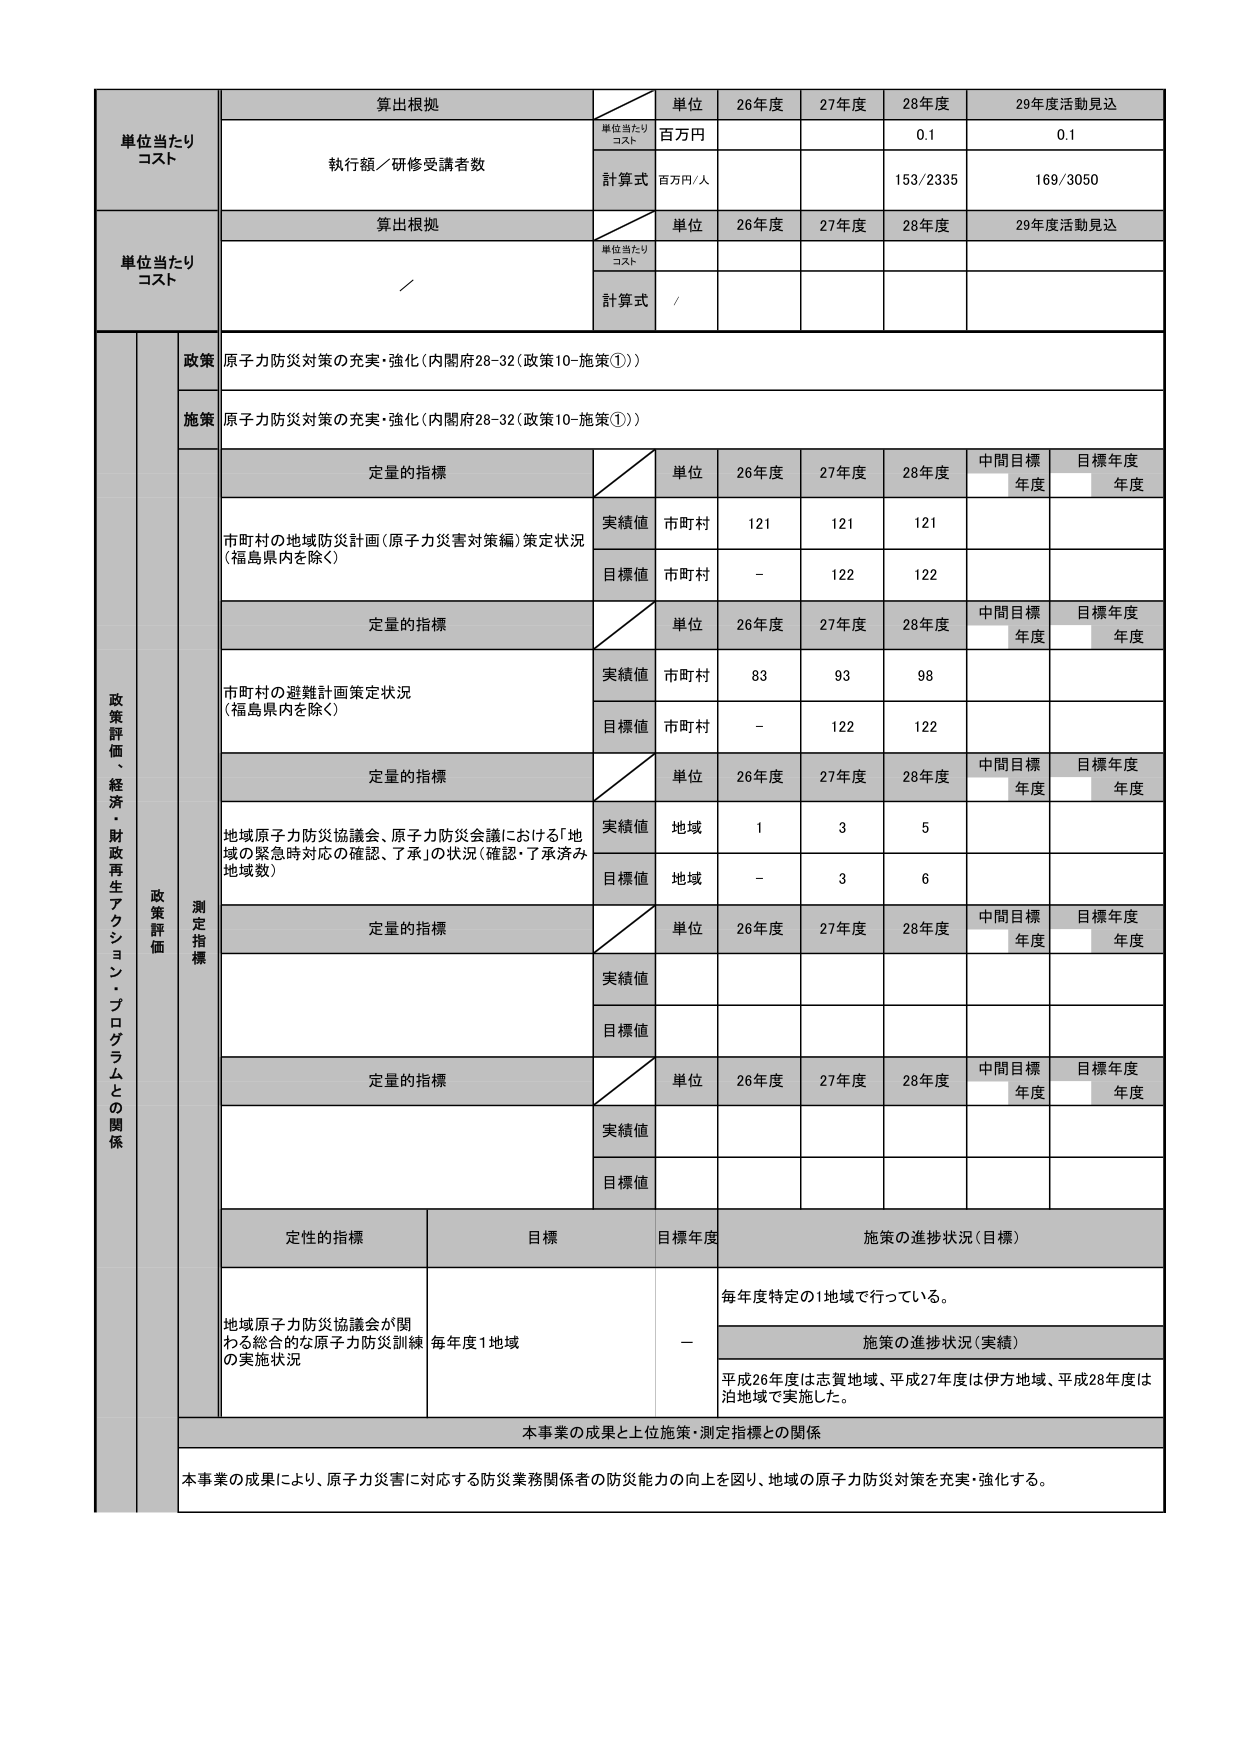
単位当たりコスト
算出根拠
単位
26年度
27年度
28年度
29年度活動見込
単位当たりコスト
百万円
0.1
0.1
執行額／研修受講者数
計算式
百万円／人
153/2335
169/3050

単位当たりコスト
算出根拠
単位
26年度
27年度
28年度
29年度活動見込
単位当たりコスト
/
計算式
/

政策評価、経済・財政再生アクション・プログラムとの関係
政策
原子力防災対策の充実・強化（内閣府28-32（政策10-施策①））
施策
原子力防災対策の充実・強化（内閣府28-32（政策10-施策①））
測定指標
定量的指標
単位
26年度
27年度
28年度
中間目標年度
目標年度年度
市町村の地域防災計画（原子力災害対策編）策定状況（福島県内を除く）
実績値
市町村
121
121
121
目標値
市町村
-
122
122
定量的指標
単位
26年度
27年度
28年度
中間目標年度
目標年度年度
市町村の避難計画策定状況（福島県内を除く）
実績値
市町村
83
93
98
目標値
市町村
-
122
122
定量的指標
単位
26年度
27年度
28年度
中間目標年度
目標年度年度
地域原子力防災協議会、原子力防災会議における「地域の緊急時対応の確認、了承」の状況（確認・了承済み地域数）
実績値
地域
1
3
5
目標値
地域
-
3
6
定量的指標
単位
26年度
27年度
28年度
中間目標年度
目標年度年度
実績値
目標値
定量的指標
単位
26年度
27年度
28年度
中間目標年度
目標年度年度
実績値
目標値
定性的指標
目標
目標年度
施策の進捗状況（目標）
地域原子力防災協議会が関わる総合的な原子力防災訓練の実施状況
毎年度1地域
-
毎年度特定の1地域で行っている。
施策の進捗状況（実績）
平成26年度は志賀地域、平成27年度は伊方地域、平成28年度は泊地域で実施した。
本事業の成果と上位施策・測定指標との関係
本事業の成果により、原子力災害に対応する防災業務関係者の防災能力の向上を図り、地域の原子力防災対策を充実・強化する。